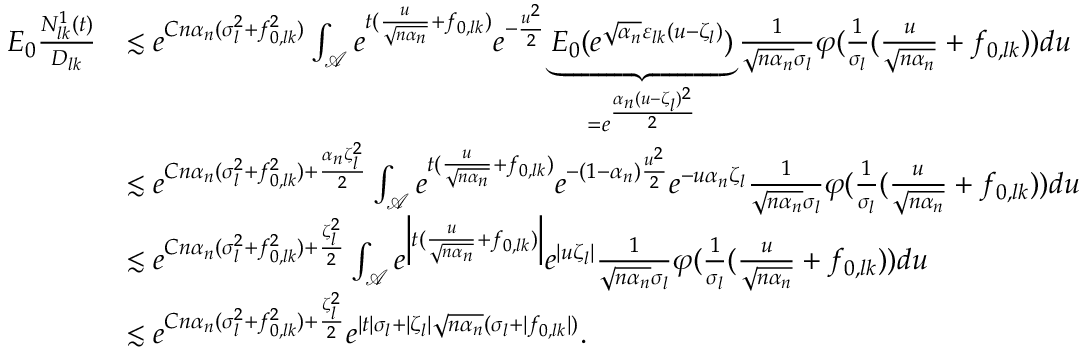
\begin{array} { r l } { E _ { 0 } \frac { N _ { l k } ^ { 1 } ( t ) } { D _ { l k } } } & { \lesssim e ^ { C n \alpha _ { n } ( \sigma _ { l } ^ { 2 } + f _ { 0 , l k } ^ { 2 } ) } \int _ { \mathcal { A } } e ^ { t ( \frac { u } { \sqrt { n \alpha _ { n } } } + f _ { 0 , l k } ) } e ^ { - \frac { u ^ { 2 } } { 2 } } \underbrace { E _ { 0 } ( e ^ { \sqrt { \alpha _ { n } } \varepsilon _ { l k } ( u - \zeta _ { l } ) } ) } _ { = e ^ { \frac { \alpha _ { n } ( u - \zeta _ { l } ) ^ { 2 } } { 2 } } } \frac { 1 } { \sqrt { n \alpha _ { n } } \sigma _ { l } } \varphi ( \frac { 1 } { \sigma _ { l } } ( \frac { u } { \sqrt { n \alpha _ { n } } } + f _ { 0 , l k } ) ) d u } \\ & { \lesssim e ^ { C n \alpha _ { n } ( \sigma _ { l } ^ { 2 } + f _ { 0 , l k } ^ { 2 } ) + \frac { \alpha _ { n } \zeta _ { l } ^ { 2 } } { 2 } } \int _ { \mathcal { A } } e ^ { t ( \frac { u } { \sqrt { n \alpha _ { n } } } + f _ { 0 , l k } ) } e ^ { - ( 1 - \alpha _ { n } ) \frac { u ^ { 2 } } { 2 } } e ^ { - u \alpha _ { n } \zeta _ { l } } \frac { 1 } { \sqrt { n \alpha _ { n } } \sigma _ { l } } \varphi ( \frac { 1 } { \sigma _ { l } } ( \frac { u } { \sqrt { n \alpha _ { n } } } + f _ { 0 , l k } ) ) d u } \\ & { \lesssim e ^ { C n \alpha _ { n } ( \sigma _ { l } ^ { 2 } + f _ { 0 , l k } ^ { 2 } ) + \frac { \zeta _ { l } ^ { 2 } } { 2 } } \int _ { \mathcal { A } } e ^ { \left| t ( \frac { u } { \sqrt { n \alpha _ { n } } } + f _ { 0 , l k } ) \right| } e ^ { | u \zeta _ { l } | } \frac { 1 } { \sqrt { n \alpha _ { n } } \sigma _ { l } } \varphi ( \frac { 1 } { \sigma _ { l } } ( \frac { u } { \sqrt { n \alpha _ { n } } } + f _ { 0 , l k } ) ) d u } \\ & { \lesssim e ^ { C n \alpha _ { n } ( \sigma _ { l } ^ { 2 } + f _ { 0 , l k } ^ { 2 } ) + \frac { \zeta _ { l } ^ { 2 } } { 2 } } e ^ { | t | \sigma _ { l } + | \zeta _ { l } | \sqrt { n \alpha _ { n } } ( \sigma _ { l } + | f _ { 0 , l k } | ) } . } \end{array}